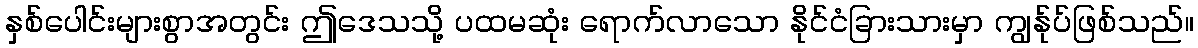
နှစ်ပေါင်းများစွာအတွင်း ဤဒေသသို့ ပထမဆုံး ရောက်လာသော နိုင်ငံခြားသားမှာ ကျွန်ုပ်ဖြစ်သည်။